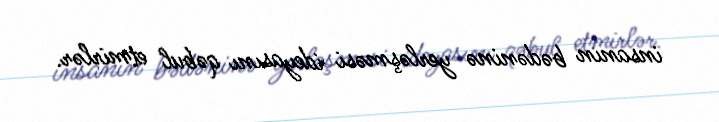
insanın bədəninə yerləşməsi ideyasını qəbul etmirlər.